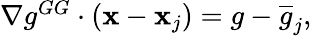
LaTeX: \begin{array}{r}{\nabla g^{GG}\cdot({\mathbf x}-{\mathbf x}_{j})={g}-\overline{{g}}_{j},}\end{array}